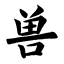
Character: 兽